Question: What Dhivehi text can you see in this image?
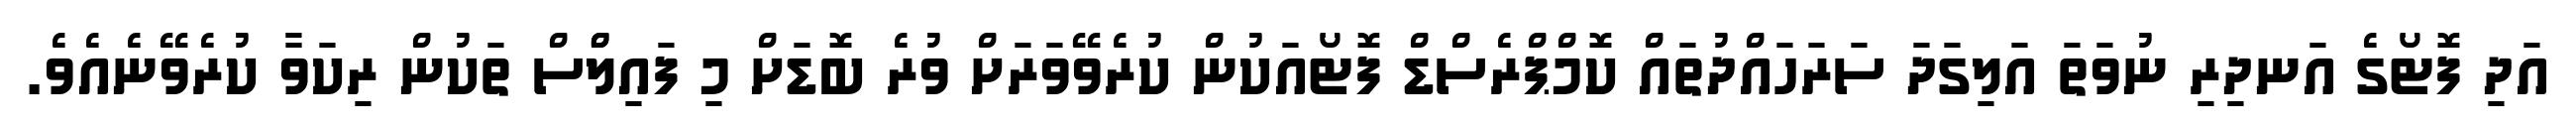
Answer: އަދި ފޮޓޯގެ އަނދިރި ނުވަތަ އަލިގަދަ ސަރަހައްދުތައް ކޮމްޕްރެސްޑް ފޮޓޯއަކުން ކުރެވޭވަރަށް ވުރެ ބޮޑަށް މި ފައިލްްސް ތަކުން ރިކަވާ ކުރެވޭނެއެވެ.